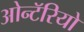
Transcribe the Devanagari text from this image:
ओन्टॅरियो